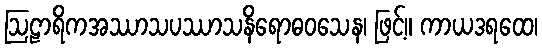
ဩဠာရိကအဿာသပဿာသနိရောဓဝသေန၊ ဖြင့်။ ကာယဒရထေ၊